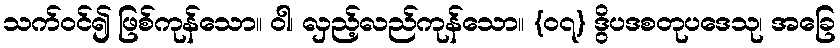
သက်ဝင်၍ ဖြစ်ကုန်သော။ ဝါ၊ လှည့်လည်ကုန်သော။ {၀၇} ဒွိပဒစတုပဒေသု၊ အခြေ